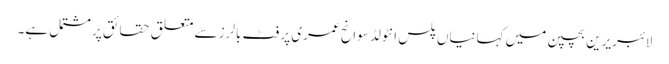
لائبریرین بچپن میں کہانیاں پلس انٹولڈ سوانح عمری پر فٹ بالرز سے متعلق حقائق پر مشتمل ہے۔